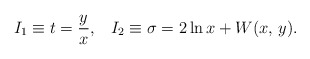
\begin{align*}I_1\equiv t={y\over x},\;\;\;I_2\equiv\sigma=2\ln x+W(x,\,y).\end{align*}